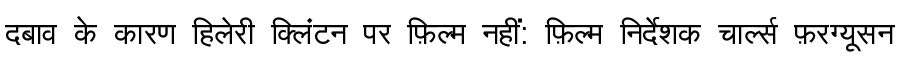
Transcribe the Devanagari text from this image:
दबाव के कारण हिलेरी क्लिंटन पर फ़िल्म नहीं: फ़िल्म निर्देशक चार्ल्स फ़रग्यूसन